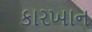
કારખાન